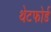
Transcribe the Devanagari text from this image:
थेटफोर्ड